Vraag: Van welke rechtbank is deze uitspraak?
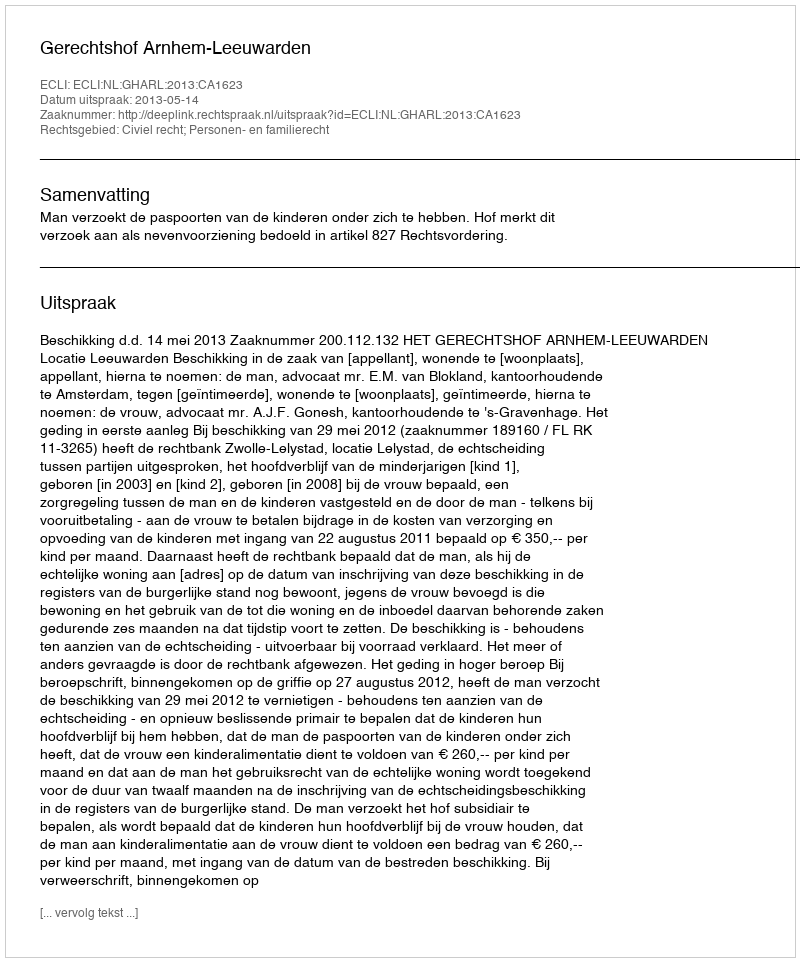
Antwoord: Gerechtshof Arnhem-Leeuwarden